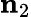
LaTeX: \mathbf{n}_{2}